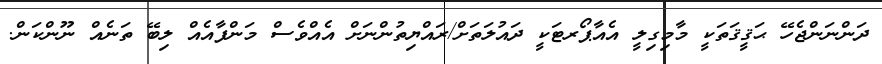
ދަންނަންޖެހޭ ޙަޤީޤަތަކީ މާމިގިލީ އެއާޕޯރޓަކީ ދައުލަތަށް/ރައްޔިތުންނަށް އެއްވެސް މަންފާއެއް ލިބޭ ތަނެއް ނޫންކަން.